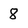
Character: 8